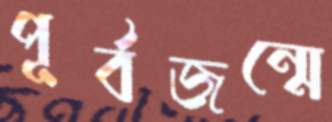
পূর্বজন্মে